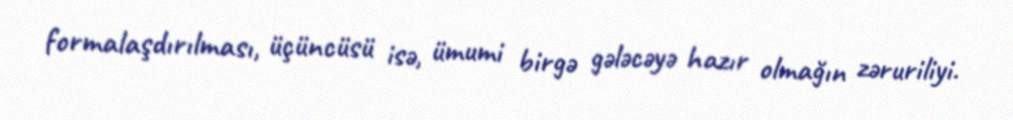
formalaşdırılması, üçüncüsü isə, ümumi birgə gələcəyə hazır olmağın zəruriliyi.